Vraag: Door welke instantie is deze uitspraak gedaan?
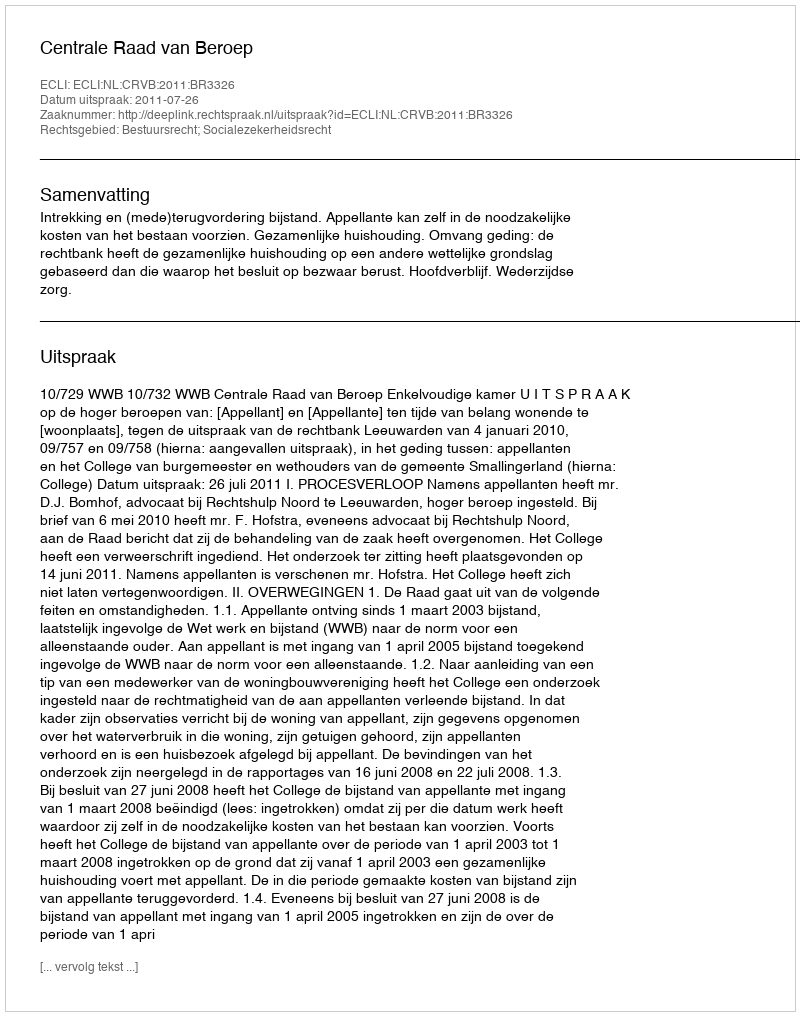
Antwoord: Centrale Raad van Beroep